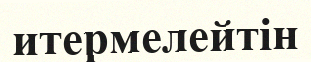
итермелейтін